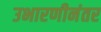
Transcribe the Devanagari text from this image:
उभारणीनंतर